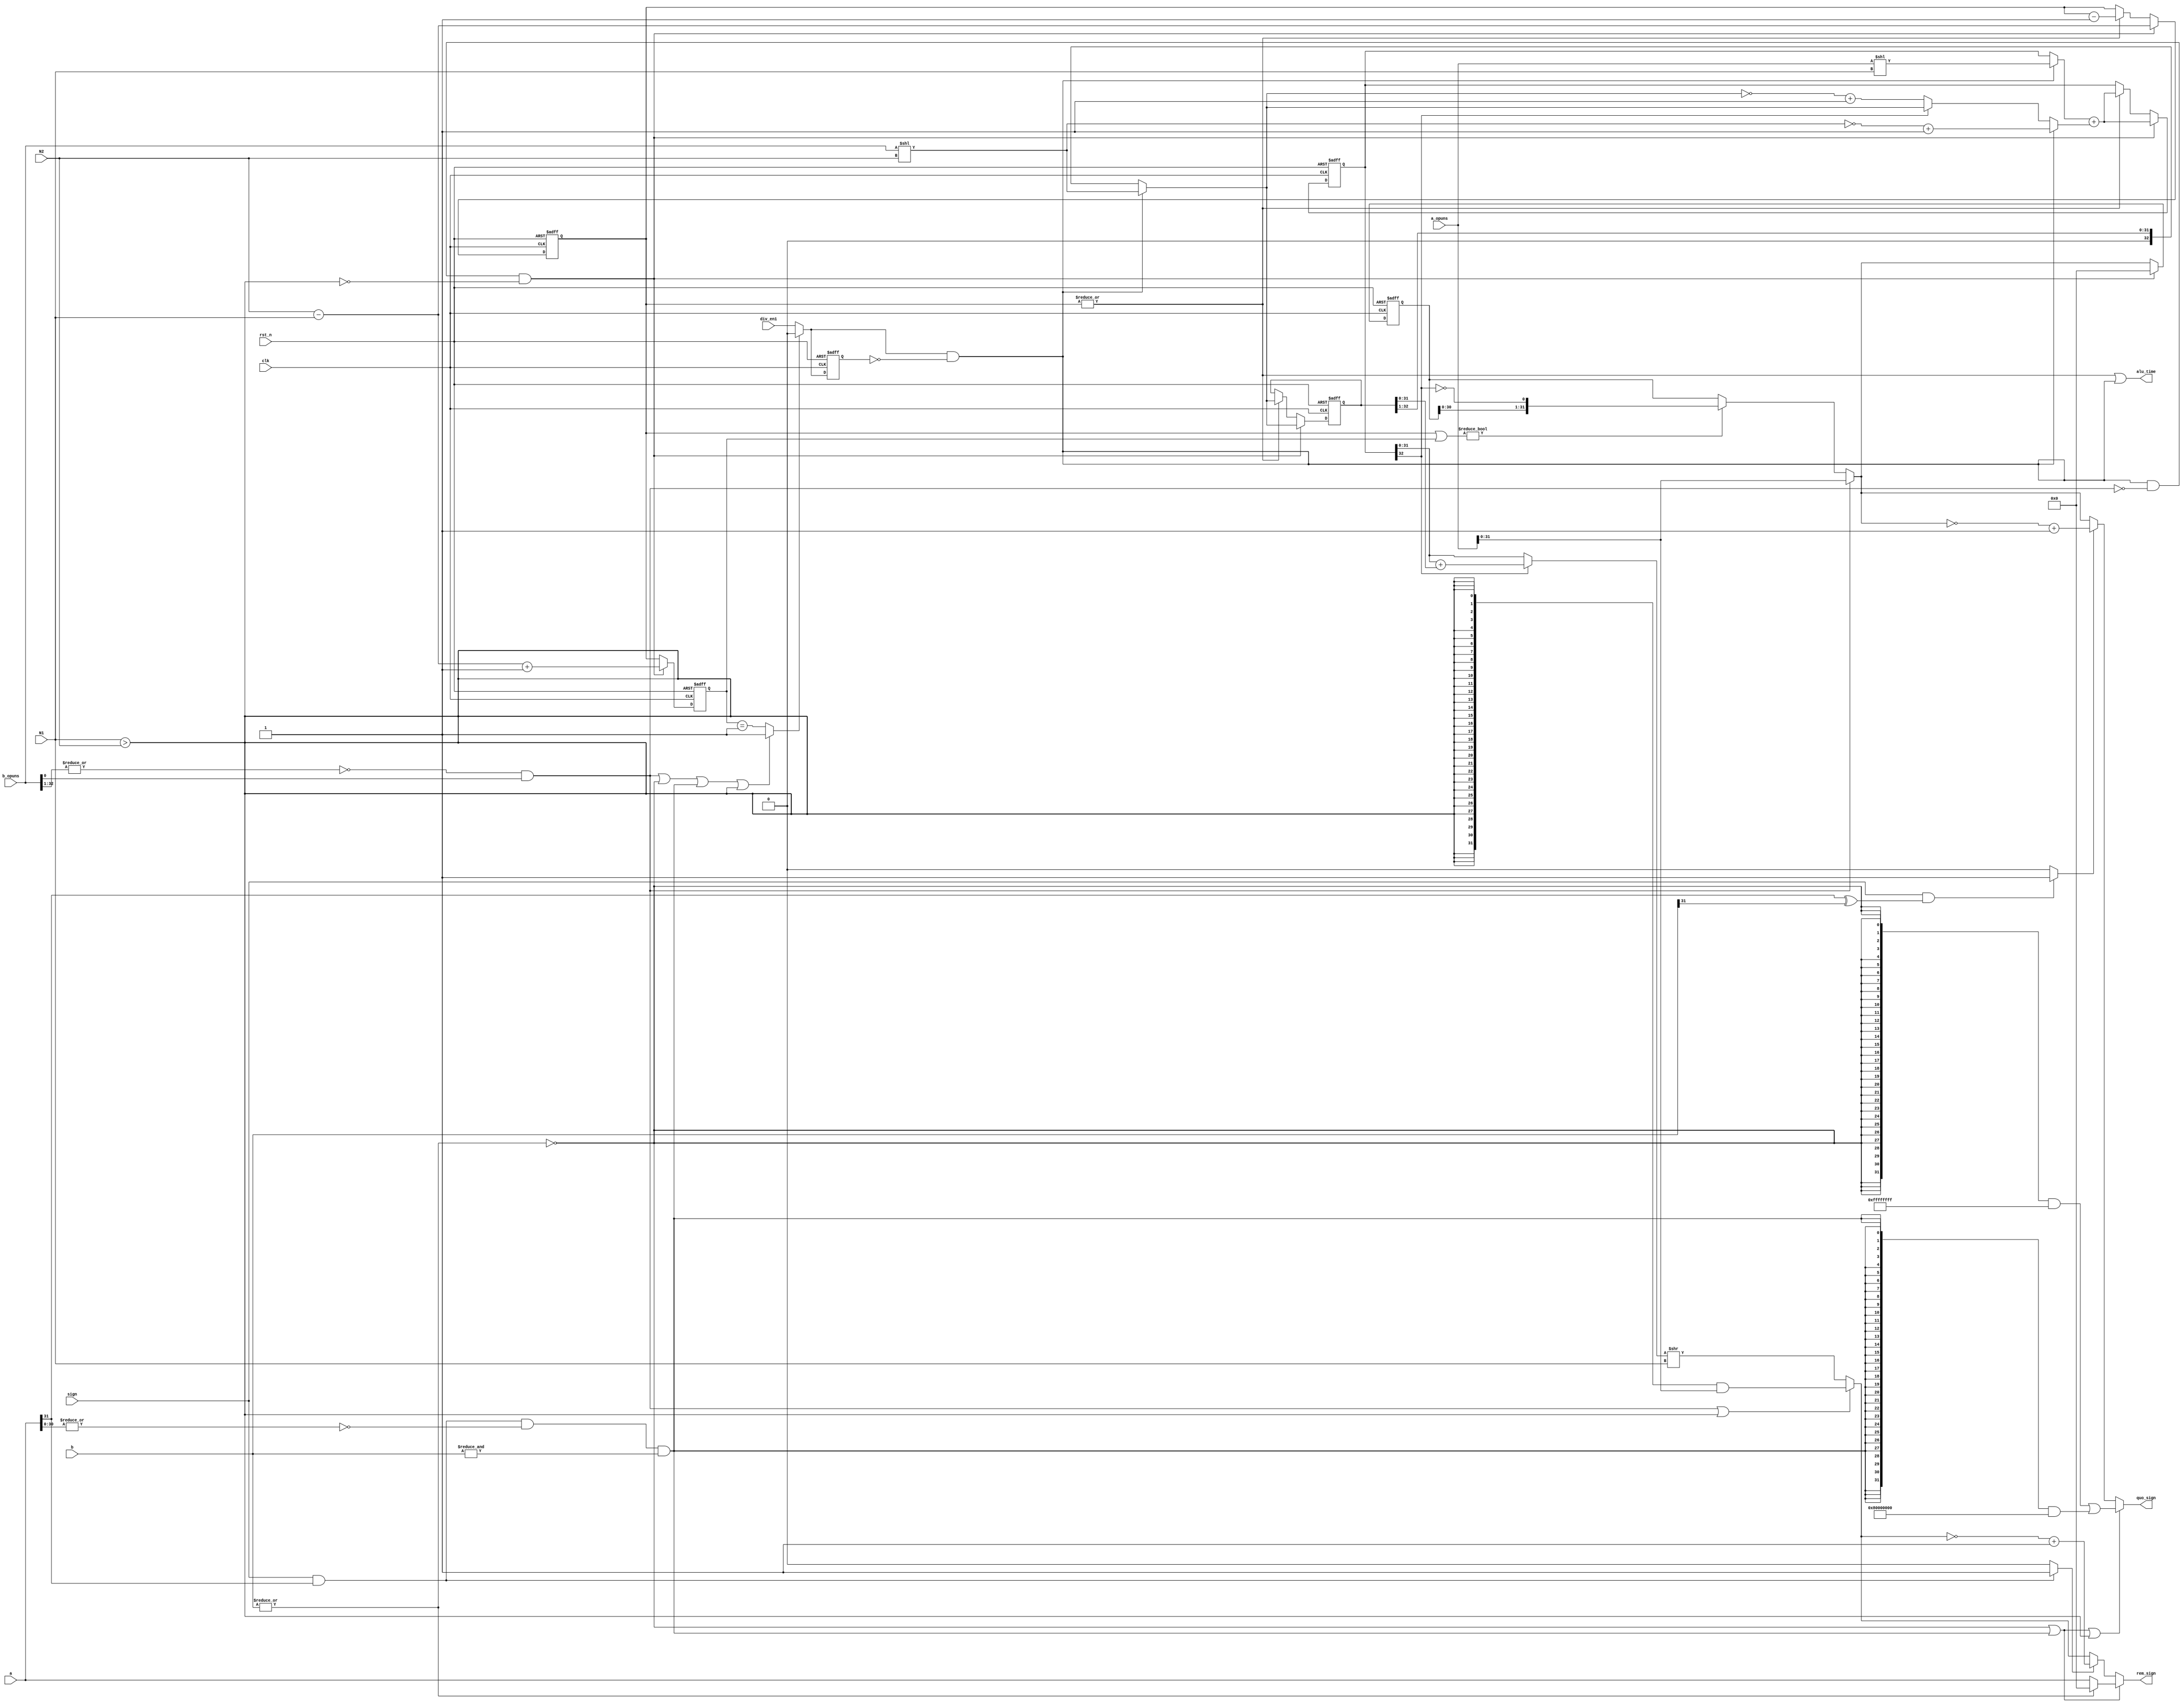
module EX_DIV #(
    parameter DW   = 32

) (
    clk,
    rst_n,
    a,                                  //
    b,                                  //
    sign,                               //
    div_en1,                             //
    quo_sign,
    rem_sign,
    alu_time,                            //

    a_opuns,
    b_opuns,
    N1,
    N2
);
input               clk;
input               rst_n;
input   [DW-1:0]    a;
input   [DW-1:0]    b;
input               div_en1;
input               sign;
output  [DW-1:0]    quo_sign;
output  [DW-1:0]    rem_sign;
output              alu_time;

input   [DW:0]      a_opuns; //a
input   [DW:0]      b_opuns;
input   [5:0]       N1;         //a_opuns1
input   [5:0]       N2;

wire                div_en;         //op1a_op
wire                finish;

wire    [DW-1:0]    quo;
wire    [DW-1:0]    rem;

reg     [DW-1:0]    quo_r;

wire    [DW:0]  X;  //

reg     [DW:0]  X_reg;
reg     [DW:0]  Y_reg;

reg     [5:0]       count,count_2;                  //

wire    [5:0]       N2_1;
wire    [DW:0]      a_op, b_op;
wire    [5:0]       rem_N;          //rem
wire    [DW-1:0]    rem_R;          //rem
wire                res_sign;       //quo
wire                remres_sign;    //rem
wire                b_opuns1;       //b_opuns1

wire                N1_2;           //N1>N2,ab
wire                b_0;            //0
wire                overflow;       //

//div_en
wire            div_en2;            //div_en2finish
reg             div_en2_r;          //div_en2
assign          div_en2     =   finish ? 1'b0 : div_en1;
always @(posedge clk or negedge rst_n) begin
    if(~rst_n) begin
        div_en2_r <= 1'b0;
    end
    else begin
        div_en2_r <= div_en2;
    end
end
assign          div_en      =   div_en2 & (~div_en2_r);  //


assign          b_opuns1    =   (~(|b_opuns[DW:1])) & b_opuns[0];
assign          N1_2        =   N1 > N2;
assign          b_0         =   ~(|b);
//a = DW'b1000...0-2^(XLEN-1)b-1,DW'b11...111
assign          overflow    =   sign & (a[DW-1]) & (~(|a[DW-2:0])) & (&b[DW-1:0]);

 
assign          N2_1        =   N2 - N1; 
assign          rem_N       =   N1;

assign          a_op        =   a_opuns << N1;
assign          b_op        =   b_opuns << N2;
assign          res_sign    =   (sign & (a[DW-1]^b[DW-1])) ? 1'b1 : 1'b0;   //10
assign          remres_sign =   (sign & a[DW-1]) ? 1'b1 : 1'b0;

assign          X           =   div_en ? b_op : {1'b0, X_reg[DW:1]};
//wire            q           =   (Y_reg[DW]) ? 1'b0 : 1'b1;
wire            q           =    ~Y_reg[DW];

wire    [DW:0]  op1, op2, Y;

assign          op1         =   div_en ? a_op : Y_reg;
assign          op2         =   div_en ? (~b_op + 1'b1) 
                                : ((Y_reg[DW]) ? X : (~X + 1'b1));  
assign          Y           =   op1 + op2;
always @(posedge clk or negedge rst_n) begin
    if(~rst_n) begin
        count   <= 6'd0;
        X_reg   <= 'd0;
        Y_reg   <= 'd0;
        quo_r   <= 'd0;
   
        count_2 <= 6'd0;
    end
    else if(div_en & (~b_opuns1) & (~N1_2)) begin
        X_reg   <= X;
        Y_reg   <= Y;
        count   <= N2_1;
        count_2 <= N2_1 + 1'b1;

        quo_r   <= 'd0;
   
    end
    else begin
        if((|count[5:0])) begin
            Y_reg   <= Y;
            X_reg   <= X;
            count   <= count - 1'b1;
        end
        quo_r   <= quo;
  
        count_2 <= count;
    end
end


assign          finish      = (b_opuns1 | b_0 | overflow | N1_2) ? 1'b1 : (count_2 == 6'b1);
assign          quo         = b_opuns1 ? a_opuns : ((count | count_2) ? {quo_r[DW-2:0],q} : quo_r);
assign          rem         = (Y_reg[DW] ? (Y_reg + X_reg) : Y_reg);
assign          rem_R       = (b_opuns1 | N1_2) ? ({32{N1_2}} & a_opuns) : (rem >> rem_N);
//assign          quo_sign    = (b_0 | overflow | N1_2) ? ( ({32{(b_0 & sign)}}&(32'hFFFFFFFF)) 
//                            | ({32{((b_0 & ~sign)|overflow)}} & {1'b1,31'b0}) )
//                            : (res_sign ? (~quo + 1'b1) : quo);
assign          quo_sign    = (b_0 | overflow | N1_2) ? ( ({32{b_0}}&(32'hFFFFFFFF)) 
                            | ({32{overflow}} & {1'b1,31'b0}) )
                            : (res_sign ? (~quo + 1'b1) : quo);
assign          rem_sign    = (b_0 | overflow) ? ( b_0 ? a : 32'b0 ) 
                            : (remres_sign ? (~rem_R + 1'b1) : rem_R);

assign          alu_time    = |count[5:0] | div_en;



endmodule